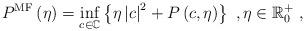
LaTeX: \begin{align*}P^{\mathrm{MF}}\left( \eta \right) =\inf_{c\in \mathbb{C}}\left\{ \eta\left\vert c\right\vert ^{2}+P\left( c,\eta \right) \right\} \ ,\eta\in \mathbb{R}_{0}^{+}\ , \end{align*}